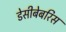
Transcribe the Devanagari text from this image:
डेसीबेबरिस